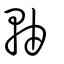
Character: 軸